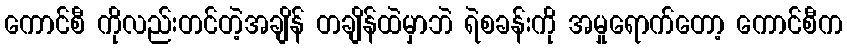
ကောင်စီ ကိုလည်းတင်တဲ့အချိန် တချိန်ထဲမှာဘဲ ရဲစခန်းကို အမှုရောက်တော့ ကောင်စီက